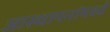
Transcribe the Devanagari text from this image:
आस्‍थापनांमध्‍ये